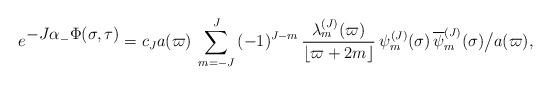
LaTeX: \begin{align*}e^{\textstyle -J\alpha_-\Phi(\sigma, \tau )}=c_J a(\varpi)\>\sum _{m=-J}^J \, (-1)^{J-m}\,{\lambda_m^{(J)}(\varpi)\over \lfloor \varpi+2m\rfloor } \>\psi_m^{(J)}(\sigma)\,{\overline \psi_{m}^{(J)}}(\sigma) \bigr / a(\varpi),\end{align*}